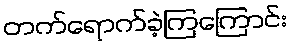
တက်ရောက်ခဲ့ကြကြောင်း